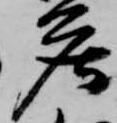
庄